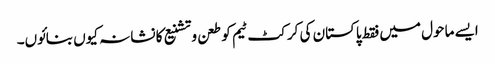
ایسے ماحول میں فقط پاکستان کی کرکٹ ٹیم کو طعن وتشنیع کا نشانہ کیوں بنائوں۔